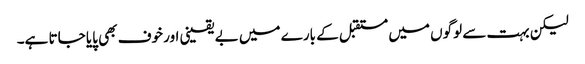
لیکن بہت سے لوگوں میں مستقبل کے بارے میں بے یقینی اور خوف بھی پایا جاتا ہے۔